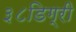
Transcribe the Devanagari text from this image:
३८डिग्री